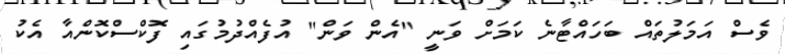
ވެސް އަމަލުތައް ބަހައްޓާނެ ކަމަށް ވަނީ "އެން ވަން" އުފެއްދުމުގައި ފޮކްސްކޮންއާ އެކު